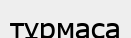
тұрмаса